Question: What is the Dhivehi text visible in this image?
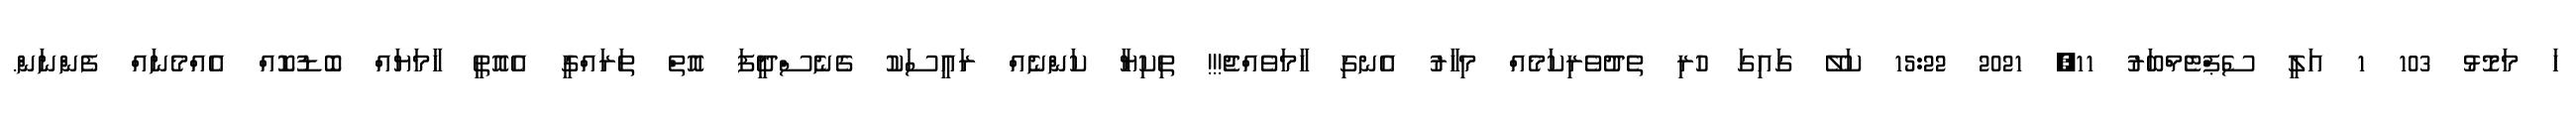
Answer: ހަ މަމޮޅު 103 1 އަލީ ސެޕްޓެމްބަރު 11, 2021 15:22 ކަލޭ ގައިގަ ހުރި ތެދުވެރިކަމެއް މިހާރު އެނގި ހާމަވެއްޖެ!!! ތިކިޔާ ކަންނެއް ރައީސަކު ގެނެސްދީފަ އޮތް ތަރައްގީ އެއޮތީ ހާމަޔައް ބޮޑުކޮއް އެއްމެނައް ފެންނަން.